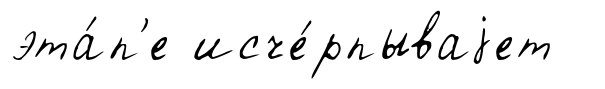
эта́п'е исче́рпываjет